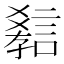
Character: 𲁯